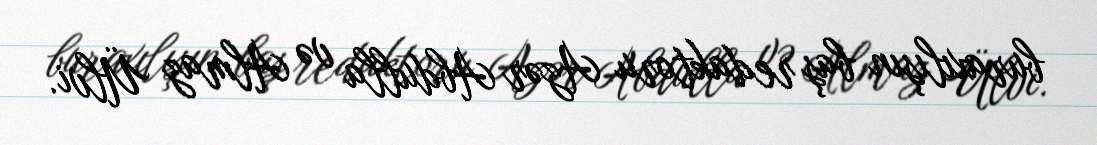
buraxılışın baş redaktoru Azər Abdulla və Almaz Ülvi.